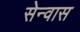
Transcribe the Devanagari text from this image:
सेन्वास